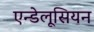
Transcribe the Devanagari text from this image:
एन्डेलूसियन